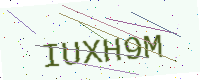
Text: IUXH9M